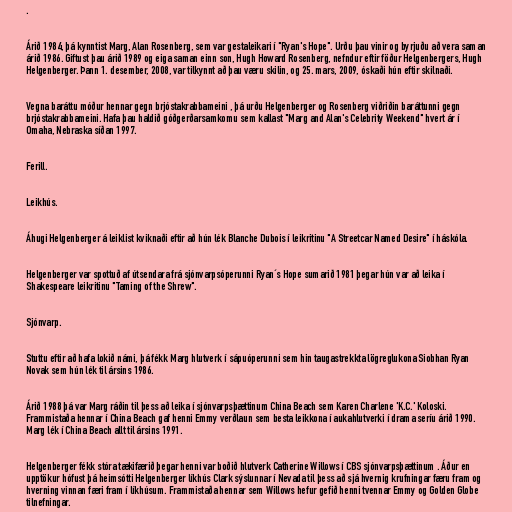
.

Árið 1984, þá kynntist Marg, Alan Rosenberg, sem var gestaleikari í "Ryan's Hope". Urðu þau vinir og byrjuðu að vera saman
árið 1986. Giftust þau árið 1989 og eiga saman einn son, Hugh Howard Rosenberg, nefndur eftir föður Helgenbergers, Hugh
Helgenberger. Þann 1. desember, 2008, var tilkynnt að þau væru skilin, og 25. mars, 2009, óskaði hún eftir skilnaði.

Vegna baráttu móður hennar gegn brjóstakrabbameini , þá urðu Helgenberger og Rosenberg viðriðin baráttunni gegn
brjóstakrabbameini. Hafa þau haldið góðgerðarsamkomu sem kallast "Marg and Alan's Celebrity Weekend" hvert ár í
Omaha, Nebraska síðan 1997.

Ferill.

Leikhús.

Áhugi Helgenberger á leiklist kviknaði eftir að hún lék Blanche Dubois í leikritinu "A Streetcar Named Desire" í háskóla.

Helgenberger var spottuð af útsendara frá sjónvarpsóperunni Ryan´s Hope sumarið 1981 þegar hún var að leika í
Shakespeare leikritinu "Taming of the Shrew".

Sjónvarp.

Stuttu eftir að hafa lokið námi, þá fékk Marg hlutverk í sápuóperunni sem hin taugastrekkta lögreglukona Siobhan Ryan
Novak sem hún lék til ársins 1986.

Árið 1988 þá var Marg ráðin til þess að leika í sjónvarpsþættinum China Beach sem Karen Charlene 'K.C.' Koloski.
Frammistaða hennar í China Beach gaf henni Emmy verðlaun sem besta leikkona í aukahlutverki í drama seríu árið 1990.
Marg lék í China Beach allt til ársins 1991.

Helgenberger fékk stóra tækifærið þegar henni var boðið hlutverk Catherine Willows í CBS sjónvarpsþættinum . Áður en
upptökur hófust þá heimsótti Helgenberger líkhús Clark sýslunnar í Nevada til þess að sjá hvernig krufningar færu fram og
hverning vinnan færi fram í líkhúsum. Frammistaða hennar sem Willows hefur gefið henni tvennar Emmy og Golden Globe
tilnefningar.